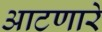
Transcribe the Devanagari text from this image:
आटणारे